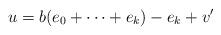
LaTeX: \begin{align*}u= b(e_0 + \dots + e_k)-e_k + v'\end{align*}